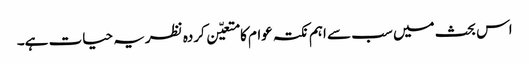
اس بحث میں سب سے اہم نکتہ عوام کا متعیّن کردہ نظریہ حیات ہے۔